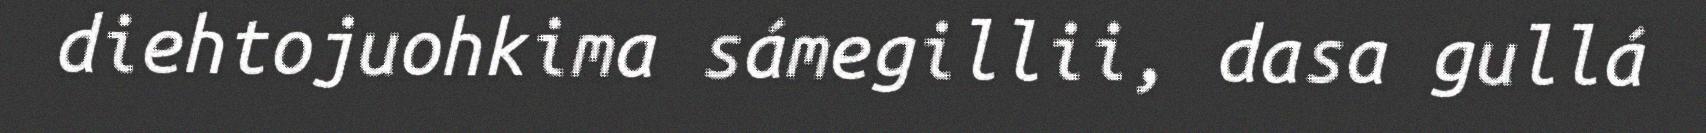
diehtojuohkima sámegillii, dasa gullá